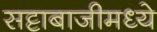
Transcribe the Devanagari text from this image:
सट्टाबाजीमध्ये